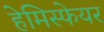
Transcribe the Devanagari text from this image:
हेमिस्फेयर